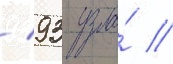
/ 93 узла́ //